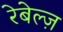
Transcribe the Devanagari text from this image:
रेबेल्ज़